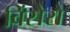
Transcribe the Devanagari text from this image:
विंसेरो